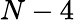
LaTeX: N-4